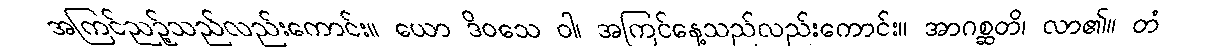
အကြင်ညဉ့်သည်လည်းကောင်း။ ယော ဒိဝသေ ဝါ၊ အကြင်နေ့သည်လည်းကောင်း။ အာဂစ္ဆတိ၊ လာ၏။ တံ